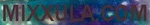
MIXXULA.COM